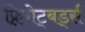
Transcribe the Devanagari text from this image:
फ़्रिगेट्बर्ड्स